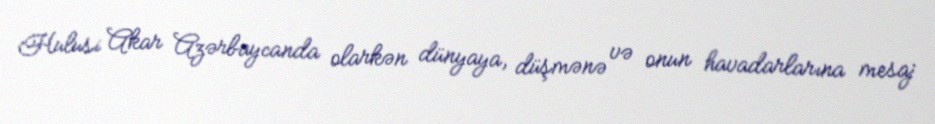
Hulusi Akar Azərbaycanda olarkən dünyaya, düşmənə və onun havadarlarına mesaj